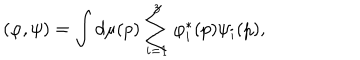
LaTeX: ( \varphi , \psi ) = \int d \mu ( p ) \sum _ { i = 1 } ^ { 3 } \varphi _ { i } ^ { \ast } ( p ) \psi _ { i } ( p ) ,